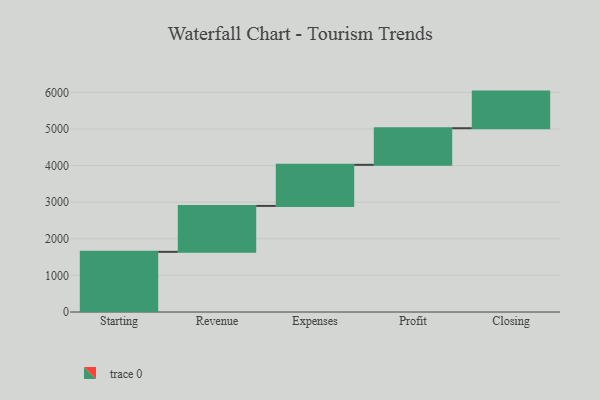
{"axis": {"x": "Step", "y": "Value"}, "legend": [""], "data": [{"x": "Starting", "y": 1643.0, "type": ""}, {"x": "Revenue", "y": 1254.0, "type": ""}, {"x": "Expenses", "y": 1122.0, "type": ""}, {"x": "Profit", "y": 1000, "type": ""}, {"x": "Closing", "y": 1000, "type": ""}]}